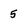
Character: 5